Report on plague and inoculation in the Punjab from October 1st ... to September 30th..., being the ... season of plague in the province
Disease focus: Plague
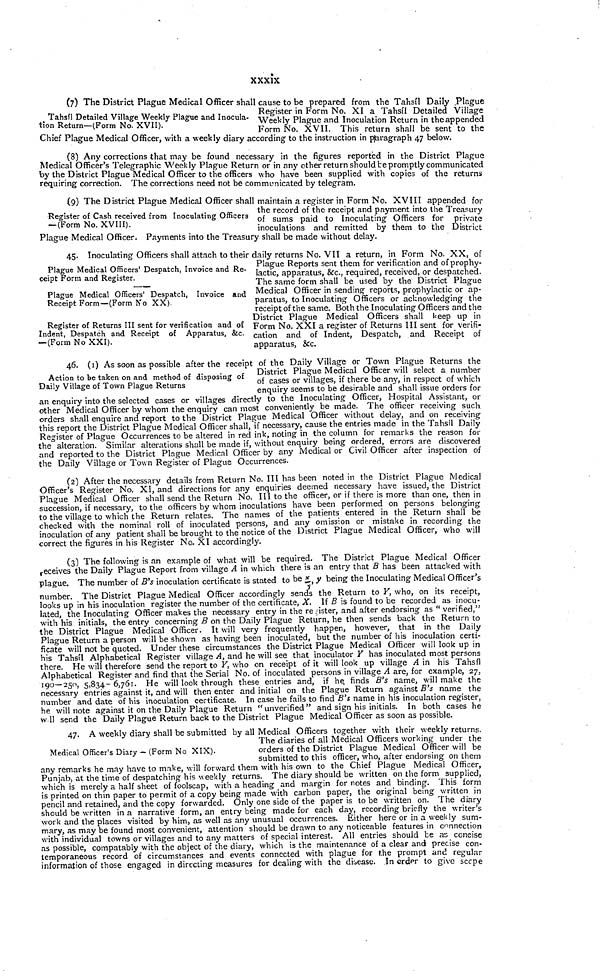
xxxix
Tahsil Detailed Village Weekly Plague and Inocula-
tion Return—(Form No. XVII).
(7) The District Plague Medical Officer shall cause to be prepared from the Tahsil Daily Plague
Register in Form No. XI a Tahsil Detailed Village
Weekly Plague and Inoculation Return in the appended
.
Form No. XVII. This return shall be sent to the
Chief Plague Medical Officer, with a weekly diary according to the instruction in paragraph 47 below.
(8) Any corrections that may be found necessary in the figures reported in the District Plague
Medical Officer's Telegraphic Weekly Plague Return or in any other return should be promptly communicated
by the District Plague Medical Officer to the officers who have been supplied with copies of the returns
requiring correction. The corrections need not be communicated by telegram.
Register of Cash received from Inoculating Officers
— (Form No. XVIII).
(9) The District Plague Medical Officer shall maintain a register in Form No. XVIII appended for
the record of the receipt and payment into the Treasury
of sums paid to Inoculating Officers for private
inoculations and remitted by them to the District
Plague Medical Officer. Payments into the Treasury shall be made without delay.
Plague Medical Officers' Despatch, Invoice and Re-
ceipt Form and Register.
Plague Medical Officers' Despatch, Invoice and
Receipt Form—(Form No XX)
Register of Returns III sent for verification and of
Indent, Despatch and Receipt of Apparatus, &c.
— (Form No XXI).
45. Inoculating Officers shall attach to their daily returns No. VII a return, in Form No. XX, of
Plague Reports sent them for verification and of prophy-
lactic, apparatus, &c., required, received, or despatched.
The same form shall be used by the District Plague
Medical Officer in sending reports, prophylactic or ap-
paratus, to Inoculating Officers or acknowledging the
receipt of the same. Both the Inoculating O fficers and the
District Plague Medical Officers shall keep up in
Form No. XXI a register of Returns III sent for verifi-
cation and of Indent, Despatch, and Receipt of
apparatus, &c.
Action to be taken on and method of disposing of
Daily Village of Town Plague Returns
46. (1) As soon as possible after the receipt of the Daily Village or Town Plague Returns the
District Plague Medical Officer will select a number
of cases or villages, if there be any, in respect of which
enquiry seems to be desirable and shall issue orders for
an enquiry into the selected cases or villages directly to the Inoculating Officer, Hospital Assistant, or
other Medical Officer by whom the enquiry can most conveniently be made. The officer receiving such
orders shall enquire and report to the District Plague Medical Officer without delay, and on receiving
this report the District Plague Medical Officer shall, if necessary, cause the entries made in the Tahsil Daily
Register of Plague Occurrences to be altered in red ink, noting in the column for remarks the reason for
the alteration. Similar alterations shall be made if, without enquiry being ordered, errors are discovered
and reported to the District Plague Medical Officer by any Medical or Civil Officer after inspection of
the Daily Village or Town Register of Plague Occurrences.
(2) After the necessary details from Return No. III has been noted in the District Plague Medical
Officer's Register No. XI, and directions for any enquiries deemed necessary have issued, the District
Plague Medical Officer shall send the Return No. III to the officer, or if there is more than one, then in
succession, if necessary, to the officers by whom inoculations have been performed on persons belonging
to the village to which the Return relates. The names of the patients entered in the Return shall be
checked with the nominal roll of inoculated persons, and any omission or mistake in recording the
inoculation of any patient shall be brought to the notice of the District Plague Medical Officer, who will
correct the figures in his Register No. XI accordingly.
(3) The following is an example of what will be required. The District Plague Medical Officer
receives the Daily Plague Report from village A in which there is an entry that B has been attacked with
plague. The number of B's inoculation certificate is stated to be x/y, y being the Inoculating Medical Officer's
number. The District Plague Medical Officer accordingly sends the Return to Y, who, on its receipt,
looks up in his inoculation register the number of the certificate, X. If B is found to be recorded as inocu-
lated, the Inoculating Officer makes the necessary entry in the register, and after endorsing as " verified,"
with his initials, the entry concerning B on the Daily Plague Return, he then sends back the Return to
the District Plague Medical Officer. It will very frequently happen, however, that in the Daily
Plague Return a person will be shown as having been inoculated, but the number of his inoculation certi-
ficate will not be quoted. Under these circumstances the District Plague Medical Officer will look up in
his Tahsil Alphabetical Register village A, and he will see that inoculator Y has inoculated most persons
there. He will therefore send the report to Y, who on receipt of it will look up village A in his Tahsil
Alphabetical Register and find that the Serial No. of inoculated persons in village A are, for example, 27,
190—250, 5,834- 6,761. He will look through these entries and, if he. finds B's name, will make the
necessary entries against it, and will then enter and initial on the Plague Return against B's name the
number and date of his inoculation certificate. In case he fails to find B's name in his inoculation register,
he will note against it on the Daily Plague Return "unverified" and sign his initials. In both cases he
will send the Daily Plague Return back to the District Plague Medical Officer as soon as possible.
Medical Officer's Diary - (Form No XIX).
47. A weekly diary shall be submitted by all Medical Officers together with their weekly returns.
The diaries of all Medical Officers working under the
orders of the District Plague Medical Officer will be
submitted to this officer, who, after endorsing on them
any remarks he may have to make, will forward them with his own to the Chief Plague Medical Officer,
Punjab, at the time of despatching his weekly returns. The diary should be written on the form supplied,
which is merely a half sheet of foolscap, with a heading and margin for notes and binding. This form
is printed on thin paper to permit of a copy being made with carbon paper, the original being written in
pencil and retained, and the copy forwarded. Only one side of the paper is to be written on. The diary
should be written in a narrative form, an entry being made for each day, recording briefly the writer's
work and the places visited by him, as well as any unusual occurrences. Either here or in a weekly sum-
mary, as may be found most convenient, attention should be drawn to any noticeable features in connection
with individual towns or villages and to any matters of special interest. All entries should be as concise
as possible, compatably with the object of the diary, which is the maintenance of a clear and precise con-
temporaneous record of circumstances and events connected with plague for the prompt and regular
information of those engaged in directing measures for dealing with the disease. In order to give scope